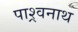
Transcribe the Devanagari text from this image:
पाश्र्वनाथ